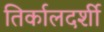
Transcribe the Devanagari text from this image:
तिर्कालदर्शी